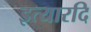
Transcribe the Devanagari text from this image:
इत्यारदि